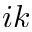
i k